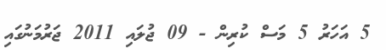
5 އަހަރު 5 މަސް ކުރިން - 09 ޖުލައި 2011 ޖަރުމަނުގައި